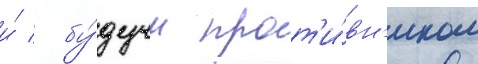
и́ / бу́дучи прот'и́вн'иком